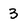
Character: 3